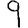
Digit: 9